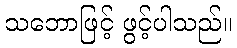
သဘောဖြင့် ဖွင့်ပါသည်။